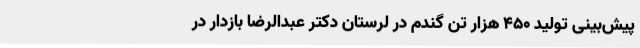
پیش‌بینی تولید 450 هزار تن گندم در لرستان دکتر عبدالرضا بازدار در